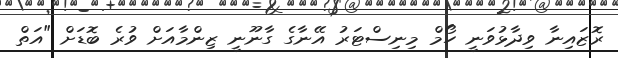
ރޮޒައިނާ ވިދާޅުވަނީ ހޯމް މިނިސްޓަރު އޭނާގެ ގާނޫނީ ޒިންމާއަށް ވުރެ ބޮޑަށް "އަތް